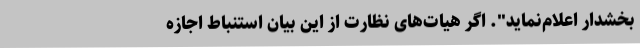
بخشدار اعلام‌نماید". اگر هیات‌های نظارت از این بیان استنباط اجازه